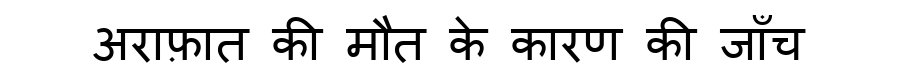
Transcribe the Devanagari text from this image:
अराफ़ात की मौत के कारण की जाँच